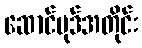
ဆောင်ပုဒ်အတိုင်း